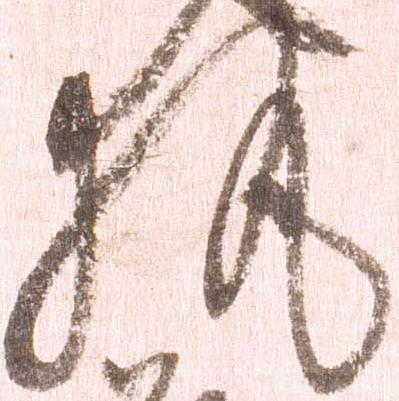
執